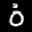
Label: 0